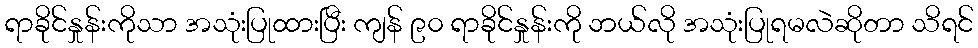
ရာခိုင်နှုန်းကိုသာ အသုံးပြုထားပြီး ကျန် ၉၀ ရာခိုင်နှုန်းကို ဘယ်လို အသုံးပြုရမလဲဆိုတာ သိရင်